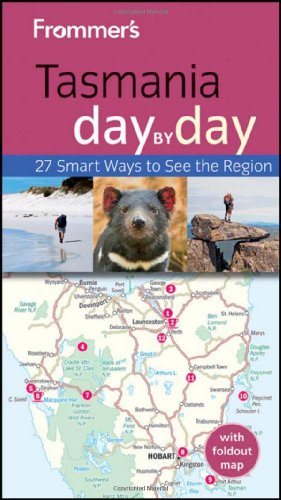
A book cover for Frommer's Tasmania Day By Day (Frommer's Day by Day - Pocket); Lee Atkinson; Travel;